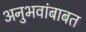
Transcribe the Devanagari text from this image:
अनुभवांबाबत